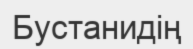
Бустанидің